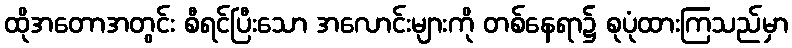
ထိုအတောအတွင်း စီရင်ပြီးသော အလောင်းများကို တစ်နေရာ၌ စုပုံထားကြသည်မှာ